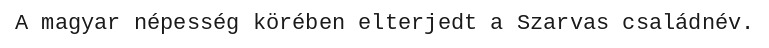
A magyar népesség körében elterjedt a Szarvas családnév.